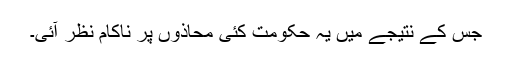
جس کے نتیجے میں یہ حکومت کئی محاذوں پر ناکام نظر آئی۔